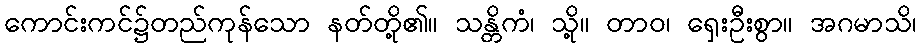
ကောင်းကင်၌တည်ကုန်သော နတ်တို့၏။ သန္တိကံ၊ သို့။ တာဝ၊ ရှေးဦးစွာ။ အဂမာသိ၊